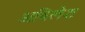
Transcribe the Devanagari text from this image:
अविलेश